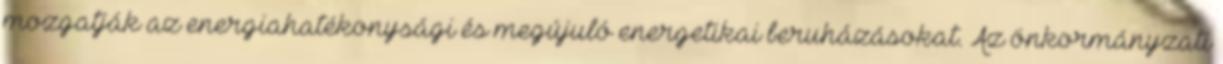
mozgatják az energiahatékonysági és megújuló energetikai beruházásokat. Az önkormányzati